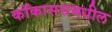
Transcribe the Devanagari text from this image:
कॉकाससमधील